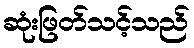
ဆုံးဖြတ်သင့်သည်